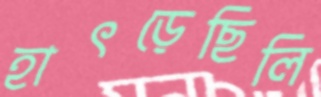
হাৎড়েছিলি